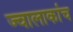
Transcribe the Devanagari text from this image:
ज्वालाकांच